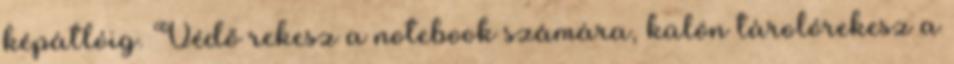
képátlóig. Védő rekesz a notebook számára, külön tárolórekesz a